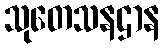
သုတေသနဌာန